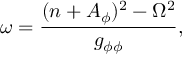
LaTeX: \omega = \frac { ( n + A _ { \phi } ) ^ { 2 } - \Omega ^ { 2 } } { g _ { \phi \phi } } ,